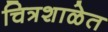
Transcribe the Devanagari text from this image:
चित्रशाळेत